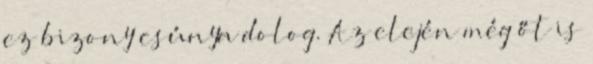
ez bizony csúnya dolog. Az elején még őt is